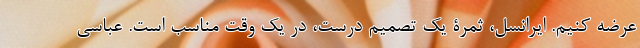
عرضه کنیم. ایرانسل، ثمرۀ یک تصمیم درست، در یک وقت مناسب است. عباسی